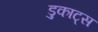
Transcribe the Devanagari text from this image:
डुकाट्स